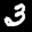
Label: 3